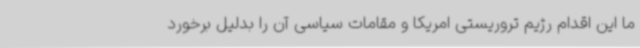
ما این اقدام رژیم تروریستی امریکا و مقامات سیاسی آن را بدلیل برخورد